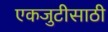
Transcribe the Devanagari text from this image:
एकजुटीसाठी